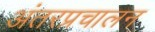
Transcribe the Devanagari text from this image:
अंतरप्रचालन